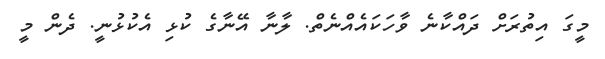
މީގަ އިތުރަށް ދައްކާނެ ވާހަކައެއްނެތް. ލާނާ އޭނާގެ ކުޅި އެކުޅުނީ. ދެން މީ